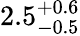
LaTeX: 2.5_{-0.5}^{+0.6}